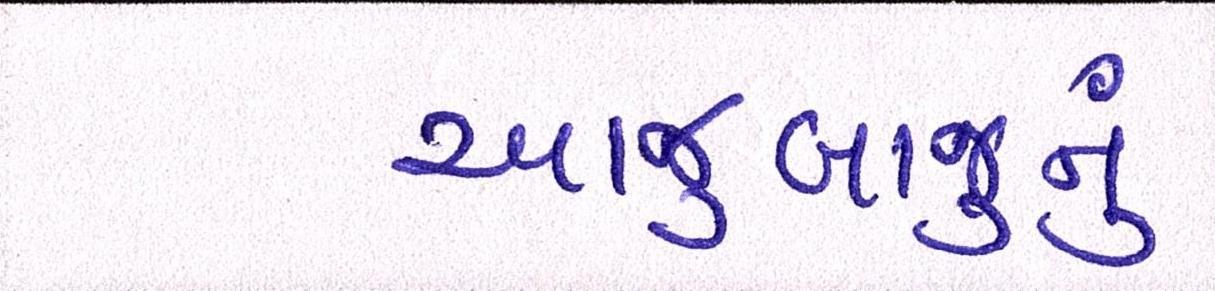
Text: આજુબાજુનું